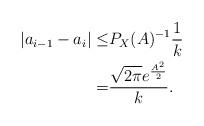
LaTeX: \begin{align*}|a_{i-1}-a_{i}|\le& P_X(A)^{-1}\frac{1}{k}\\=&\frac{\sqrt{2\pi}e^{\frac{A^2}{2}}}{k}.\end{align*}